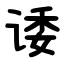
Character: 诿